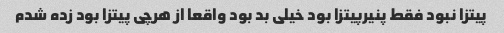
پیتزا نبود فقط پنیرپیتزا بود خیلی بد بود واقعا از هرچی پیتزا بود زده شدم